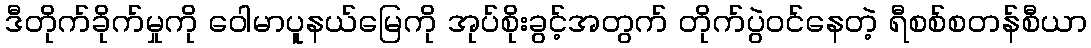
ဒီတိုက်ခိုက်မှုကို ဝေါမာပူနယ်မြေကို အုပ်စိုးခွင့်အတွက် တိုက်ပွဲဝင်နေတဲ့ ရီစစ်စတန်စီယာ